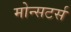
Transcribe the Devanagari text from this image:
मोन्सटर्स